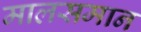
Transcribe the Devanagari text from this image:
मालसमान